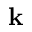
\textbf { k }